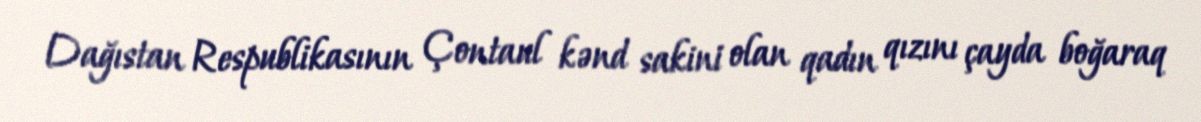
Dağıstan Respublikasının Çontaul kənd sakini olan qadın qızını çayda boğaraq